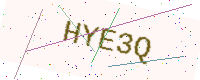
Text: HYE3Q